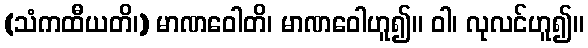
(သံကထီယတိ၊) မာဏဝေါတိ၊ မာဏဝေါဟူ၍။ ဝါ၊ လုလင်ဟူ၍။